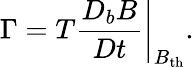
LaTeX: \Gamma=T\left.\frac{D_{b}B}{Dt}\right|_{B_{\mathrm{th}}}.